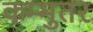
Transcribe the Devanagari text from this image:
कम्मुतर